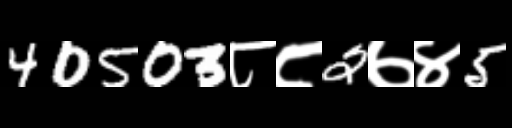
Text: 40503८८2७४5